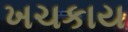
ખચકાય